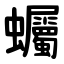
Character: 蠾